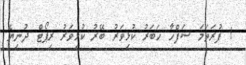
! ފުރަތަމަ ސަފްހާ ޚަބަރު ކުޅިވަރު ބޭރު ކުޅިވަރު ރިޕޯޓް ދުނިޔެ